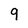
Character: 9